Civil Veterinary Dept. Bombay admin report 1893-99 - 1893-1899
Year: 1893
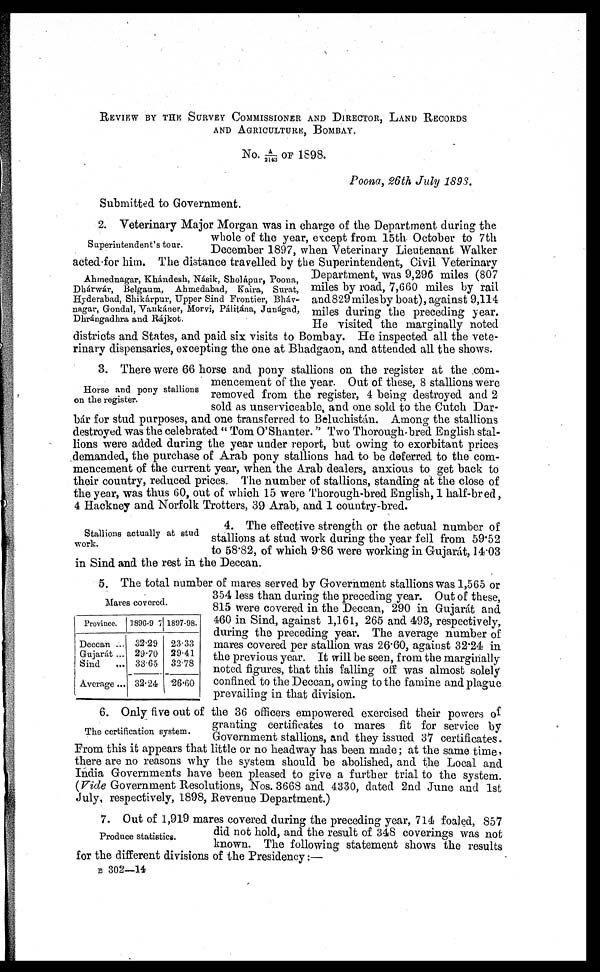
REVIEW BY THE SURVEY COMMISSIONER AND DIRECTOR, LAND RECORDS
AND AGRICULTURE, BOMBAY.
No. A/2143 OF 1898.
Poona, 26th July 1898.
Submitted to Government.
Superintendent's tour.
Ahmednagar, Khándesh, Násik, Sholápur, Poona,
Dhárwár,
Belgaum, Ahmedabad, Kaira, Surat,
Hyderabad, Shikárpur, Upper Sind Frontier, Bháv-
nagar, Grondal, Vankáner, Morvi, Pálitána, Junágad,
Dhrángadhra and Rájkot.
2. Veterinary Major Morgan was in charge of the Department during the
whole of the year, except from 15th October to 7th
December 1897, when Veterinary Lieutenant Walker
acted for him. The distance travelled by the Superintendent, Civil Veterinary
Department, was 9,296 miles (807
miles by road, 7,660 miles by rail
and 829 miles by boat), against 9,114
miles during the preceding year.
He visited the marginally noted
districts and States, and paid six visits to Bombay. He inspected all the vete-
rinary dispensaries, excepting the one at Bhadgaon, and attended all the shows.
Horse and pony stallions
on the register.
3. There were 66 horse and pony stallions on the register at the com-
mencement of the year. Out of these, 8 stallions were
removed from the register, 4 being destroyed and 2
sold as unserviceable, and one sold to the Cutch Dar-
bár for stud purposes, and one transferred to Beluchistán. Among the stallions
destroyed was the celebrated " Tom O'Shanter. " Two Thorough-bred English stal-
lions were added during the year under report, but owing to exorbitant prices
demanded, the purchase of Arab pony stallions had to be deferred to the com-
mencement of the current year, when the Arab dealers, anxious to get back to
their country, reduced prices. The number of stallions, standing at the close of
the year, was thus 60, out of which 15 were Thorough-bred English, 1 half-bred,
4 Hackney and Norfolk Trotters, 39 Arab, and 1 country-bred.
Stallions actually at stud
work.
4. The effective strength or the actual number of
stallions at stud work during the year fell from 59.52
to 58.82, of which 9.86 were working in Gujarat, 1403
in Sind and the rest in the Deccan.
Mares covered.
Province.
Deccan ...
Gujarát ...
Sind
...
Average ...
1896-9 7
32.29
29.70
33.65
32.24
1897-98.
23.33
29.41
32.78
26.60
5. The total number of mares served by Government stallions was 1,565 or
354 less than during the preceding year. Out of these,
815 were covered in the Deccan, 290 in Gujarát and
460 in Sind, against 1,161, 265 and 493, respectively,
during the preceding year. The average number of
mares covered per stallion was 26.60, against 32.24 in
the previous year. It will be seen, from the marginally
noted figures, that this falling off was almost solely
confined to the Deccan, owing to the famine and plague
prevailing in that division.
The certification system.
6. Only five out of the 36 officers empowered exercised their powers of
granting certificates to mares fit for service by
Government stallions, and they issued 37 certificates.
From this it appears that little or no headway has been made ; at the same time,
there are no reasons why the system should be abolished, and the Local and
India Governments have been pleased to give a further trial to the system.
(Vide Government Resolutions, Nos. 3668 and 4330, dated 2nd June and 1st
July, respectively, 1898, Revenue Department.)
Produce statistics.
7. Out of 1,919 mares covered during the preceding year, 714 foaled, 857
did not hold, and the result of 348 coverings was not
known. The following statement shows the results
for the different divisions of the Presidency :—
B 302—14